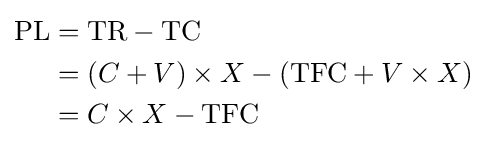
{\begin{aligned}{\text{PL}}&={\text{TR}}-{\text{TC}}\\&=\left(C+V\right)\times X-\left({\text{TFC}}+V\times X\right)\\&=C\times X-{\text{TFC}}\end{aligned}}